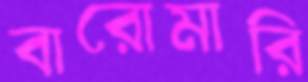
বারোমারি